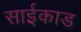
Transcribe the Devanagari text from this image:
साईकाड